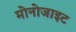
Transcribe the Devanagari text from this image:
मोनोजाइट